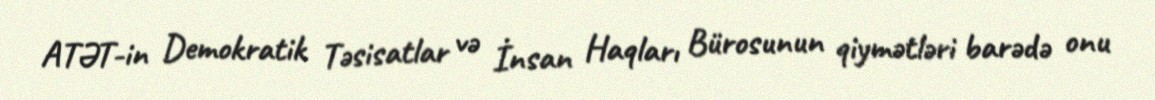
ATƏT-in Demokratik Təsisatlar və İnsan Haqları Bürosunun qiymətləri barədə onu